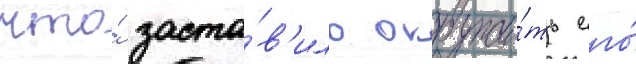
что́ заста́в'ило окружи́ть его́